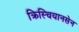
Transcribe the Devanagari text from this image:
क्रिस्चियानसेन